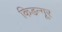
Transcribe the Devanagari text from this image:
किडन्गूर